Civil Veterinary Dept. Bombay admin report 1900-1906 - 1900-1906
Year: 1900
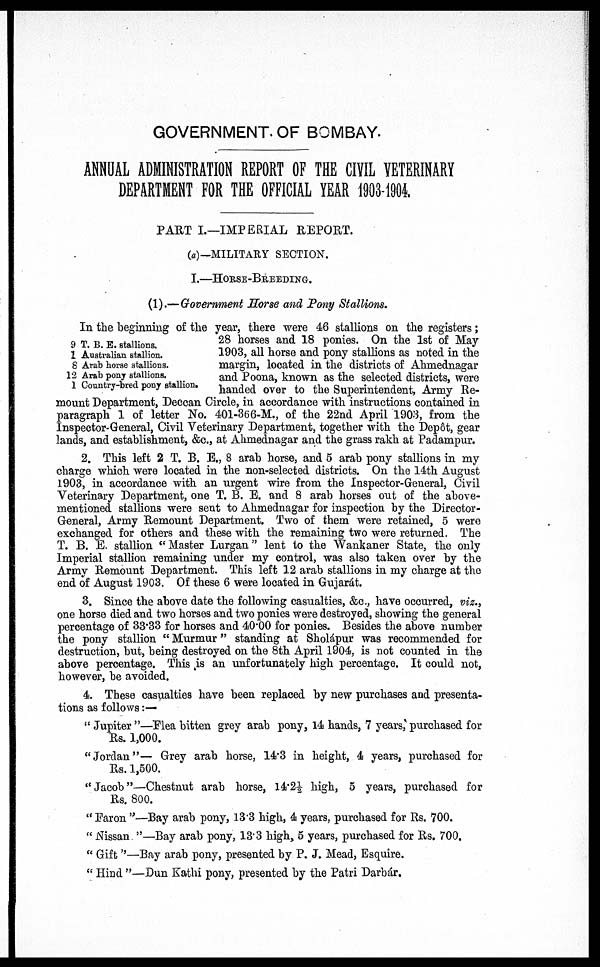
GOVERNMENT OF BOMBAY.
ANNUAL ADMINISTRATION REPORT OF THE CIVIL VETERINARY
DEPARTMENT FOR THE OFFICIAL YEAR 1993-1904
PART I.—IMPERIAL REPORT.
(a)—MILITARY SECTION.
I.—HORSE-BREEDING.
(1).—Government Horse and Pony Stallions.
9
1
8
12
1
T. B. E. stallions.
Australian stallion.
Arab horse stallions.
Arab pony stallions.
Country-bred pony stallion.
In the beginning of the year, there were 46 stallions on the registers;
28 horses and 18 ponies. On the 1st of May
1903, all horse and pony stallions as noted in the
margin, located in the districts of Ahmednagar
and Poona, known as the selected districts, were
handed over to the Superintendent, Army Re-
mount Department, Deccan Circle, in accordance with instructions contained in
paragraph 1 of letter No. 401-366-M., of the 22nd April 1903, from the
Inspector-General, Civil Veterinary Department, together with the Depot, gear
lands, and establishment, &c., at Ahmednagar and the grass rakh at Padampur.
2. This left 2 T. B. E., 8 arab horse, and 6 arab pony stallions in my
charge which were located in the non-selected districts. On the 14th August
1903, in accordance with an urgent wire from the Inspector-General, Civil
Veterinary Department, one T. B. E. and 8 arab horses out of the above-
mentioned stallions were sent to Ahmednagar for inspection by the Director-
General, Army Remount Department. Two of them were retained, 5 were
exchanged for others and these with the remaining two were returned. The
T. B. E. stallion "Master Lurgan" lent to the Wankaner State, the only
Imperial stallion remaining under my control, was also taken over by the
Army Remount Department. This left 12 arab stallions in my charge at the
end of August 1903. Of these 6 were located in Gujarat.
3. Since the above date the following casualties, &c., have occurred, viz.,
one horse died and two horses and two ponies were destroyed, showing the general
percentage of 33.33 for horses and 40.00 for ponies. Besides the above number
the pony stallion "Murmur" standing at Sholápur was recommended for
destruction, but, being destroyed on the 8th April 1904, is not counted in the
above percentage. This is an unfortunately high percentage. It could not,
however, be avoided.
4. These casualties have been replaced by new purchases and presenta-
tions as follows : —
"Jupiter"—Flea bitten grey arab pony, 14 hands, 7 years, purchased for
Rs. 1,000.
"Jordan"— Grey arab horse, 14.3 in height, 4 years, purchased for
Rs. 1,500.
"Jacob"—Chestnut arab horse, 14.2½ high, 5 years, purchased for
Rs. 800.
"Faron"—Bay arab pony, 13.3 high, 4 years, purchased for Rs. 700.
"Nissan"—Bay arab pony, 13.3 high, 5 years, purchased for Rs. 700.
"Gift''—Bay arab pony, presented by P. J. Mead, Esquire.
"Hind"—Dun Kathi pony, presented by the Patri Darbár.